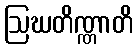
ဩဃတိဏ္ဏာတိ